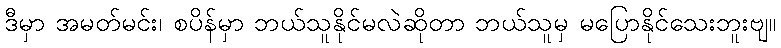
ဒီမှာ အမတ်မင်း၊ စပိန်မှာ ဘယ်သူနိုင်မလဲဆိုတာ ဘယ်သူမှ မပြောနိုင်သေးဘူးဗျ။